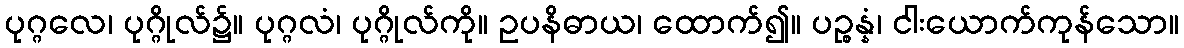
ပုဂ္ဂလေ၊ ပုဂ္ဂိုလ်၌။ ပုဂ္ဂလံ၊ ပုဂ္ဂိုလ်ကို။ ဥပနိဓာယ၊ ထောက်၍။ ပဉ္စန္နံ၊ ငါးယောက်ကုန်သော။